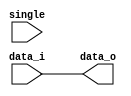
// DESCRIPTION: Verilator: Verilog Test module
//   simplistic example, should choose 1st conditional generate and assign straight through
//   the tool also compiles the special case and determines an error (replication value is 0)
//
// This file ONLY is placed into the Public Domain, for any use,
// without warranty.
`timescale 1ns / 1ps

module t(data_i, data_o, single);
   parameter op_bits = 32;
   input [op_bits -1:0] data_i;
   output [31:0] data_o;
   input single;

   //simplistic example, should choose 1st conditional generate and assign straight through
   //the tool also compiles the special case and determines an error (replication value is 0
   generate
      if (op_bits == 32) begin : general_case
         assign data_o = data_i;
	 // Test implicit signals
	 /* verilator lint_off IMPLICIT */
	 assign imp = single;
	 /* verilator lint_on IMPLICIT */
         end
      else begin : special_case
         assign data_o = {{(32 -op_bits){1'b0}},data_i};
	 /* verilator lint_off IMPLICIT */
	 assign imp = single;
	 /* verilator lint_on IMPLICIT */
         end
   endgenerate
endmodule